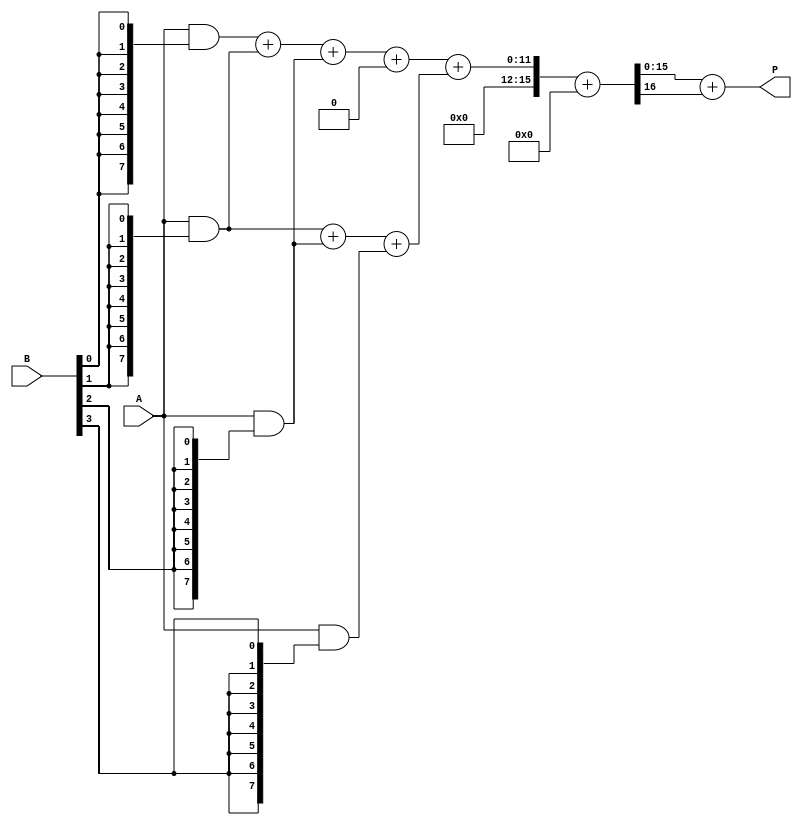
module wallace_tree_multiplier #(parameter N = 8) (
    input [N-1:0] A,
    input [N-1:0] B,
    output [2*N-1:0] P
);
    wire [N-1:0] pp[N-1:0]; // Partial products
    wire [2*N-1:0] sum_stage1[N-1:0];
    wire [2*N-1:0] carry_stage1[N-1:0];
    wire [2*N-1:0] sum_stage2[N-1:0];
    wire [2*N-1:0] carry_stage2[N-1:0];
    wire [2*N-1:0] sum_final;
    wire [2*N-1:0] carry_final;

    // Partial Product Generation
    genvar i, j;
    generate
        for (i = 0; i < N; i = i + 1) begin : pp_gen
            assign pp[i] = A & {N{B[i]}};
        end
    endgenerate

    // Wallace Tree Reduction (Layer 1)
    generate
        for (i = 0; i < N; i = i + 1) begin : layer1
            if (i < N-1) begin
                // Carry-Save Adder for three inputs
                assign {carry_stage1[i], sum_stage1[i]} = pp[i] + pp[i+1] + pp[i+2];
            end else begin
                assign sum_stage1[i] = pp[i];
                assign carry_stage1[i] = 0;
            end
        end
    endgenerate

    // Wallace Tree Reduction (Layer 2)
    generate
        for (i = 0; i < N/2; i = i + 1) begin : layer2
            assign {carry_stage2[i], sum_stage2[i]} = sum_stage1[i] + carry_stage1[i] + sum_stage1[i+1];
        end
    endgenerate

    // Final Addition
    assign {carry_final, sum_final} = sum_stage2[0] + carry_stage2[0];

    // Final Product Output
    assign P = sum_final + carry_final;

endmodule